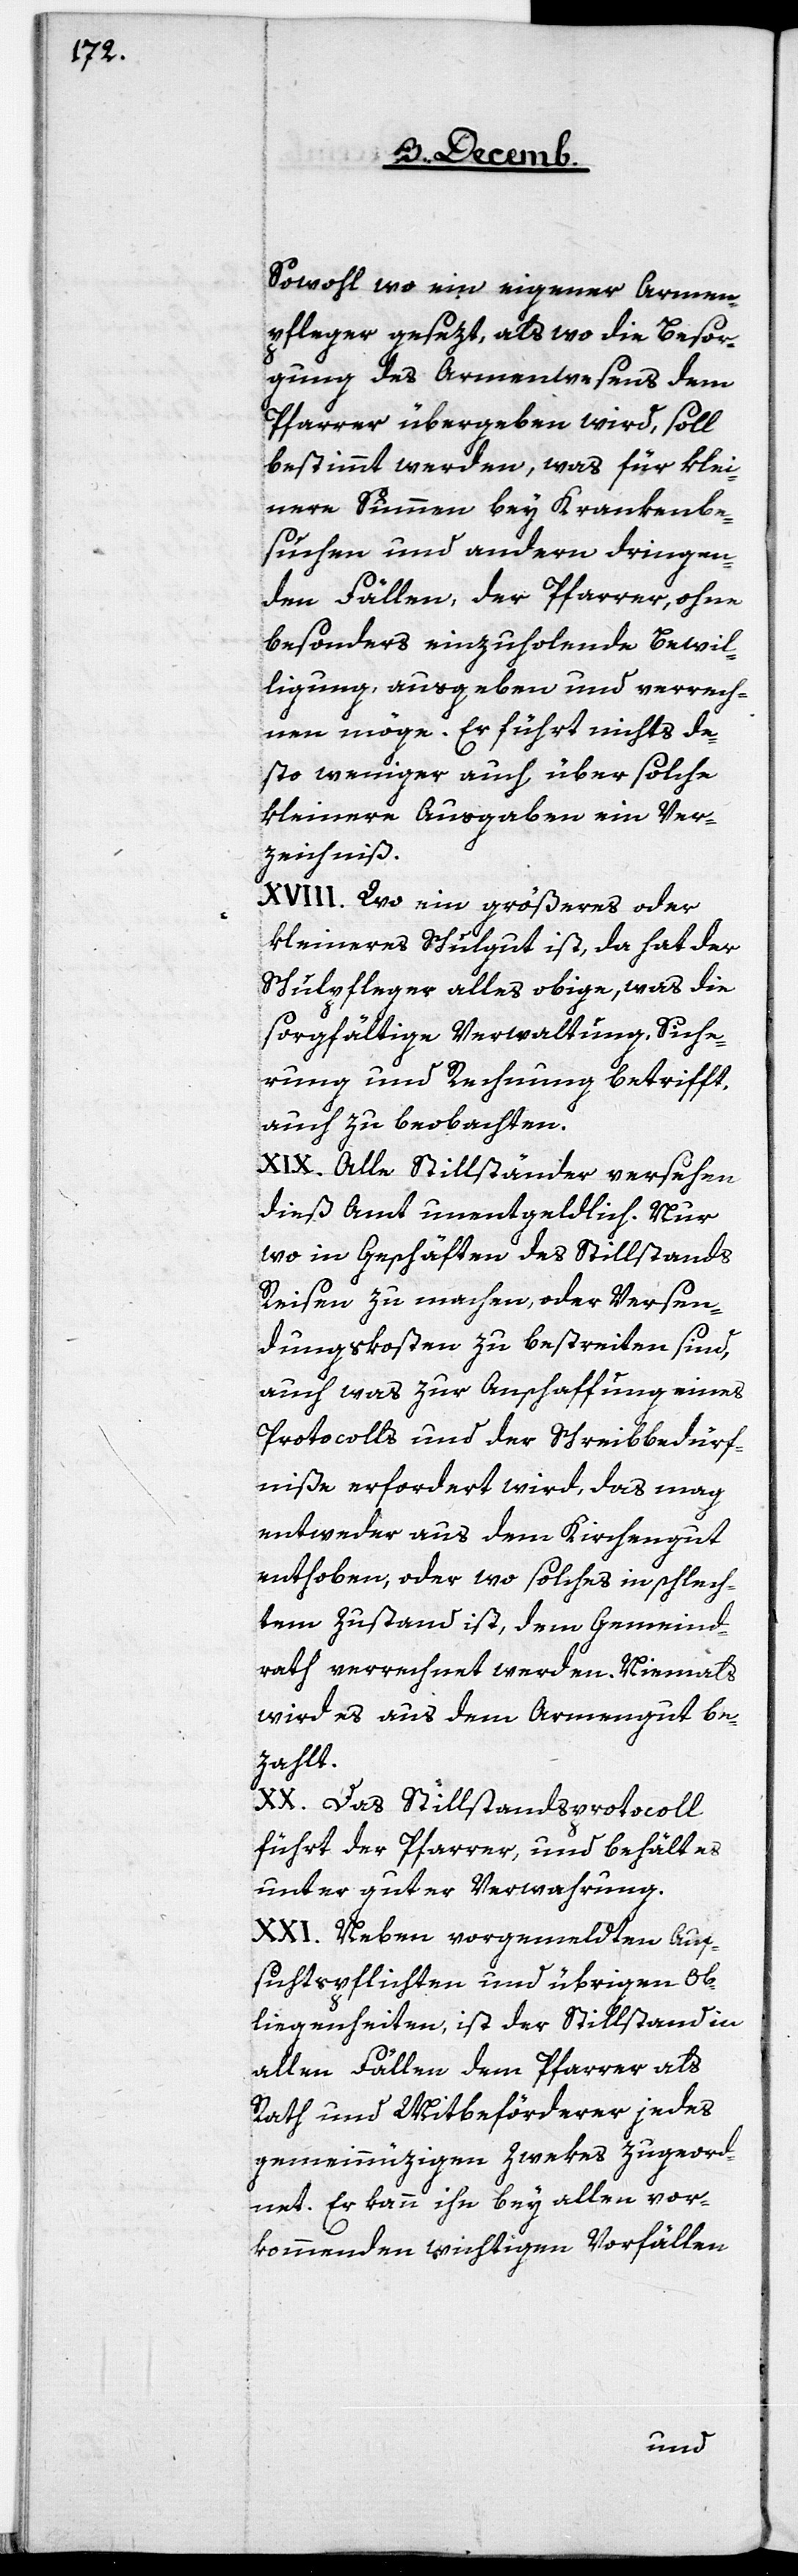
Sowohl wo ein eigener Armen¬
pfleger gesezt, als wo die Besor¬
gung des Armenwesens dem
Pfarrer übergeben wird, soll
bestimmt werden, was für klei¬
nere Summen bey Krankenbe¬
suchen und andern dringen¬
den Fällen, der Pfarrer, ohne
besonders einzuholende Bewil¬
ligung, ausgeben und verrech¬
nen möge. Er führt nichts de¬
sto weniger auch über solche
kleinere Ausgaben ein Ver¬
zeichniß.
XVIII. Wo ein größeres oder
kleineres Schulgut ist, da hat der
Schulpfleger alles obige, was die
sorgfältige Verwaltung, Siche¬
rung und Rechnung betrifft,
auch zu beobachten.
XIX. Alle Stillständer versehen
dieß Amt unentgeldlich. Nur
wo in Geschäften des Stillstands
Reisen zu machen, oder Versen¬
dungskosten zu bestreiten sind,
auch was zur Anschaffung eines
Protocolls und der Schreibbedürf¬
niße erfordert wird, das mag
entweder aus dem Kirchengut
enthoben, oder wo solches in schlech¬
tem Zustand ist, dem Gemeind¬
rath verrechnet werden. Niemals
wird es aus dem Armengut be¬
zahlt.
XX. Das Stillstandsprotocoll
führt der Pfarrer, und behält es
unter guter Verwahrung.
XXI. Neben vorgemeldten Auf¬
sichtspflichten und übrigen Ob¬
liegenheiten, ist der Stillstand in
allen Fällen dem Pfarrer als
Rath und Mitbeförderer jedes
gemeinnüzigen Zweks zugeord¬
net. Er kann ihn bey allen vor¬
kommenden wichtigen Vorfällen